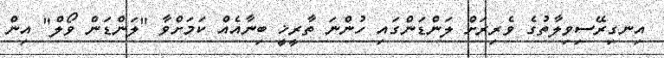
އިނގިރޭސިވިލާތުގެ ވެރިރަށް ލަންޑަންގައި ހުންނަ ތާރީޚީ ބިނާއެއް ކަމަށްވާ "ލަންޑަން ވޯލް" އިން